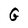
Character: G